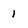
Character: 1